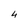
Character: 4